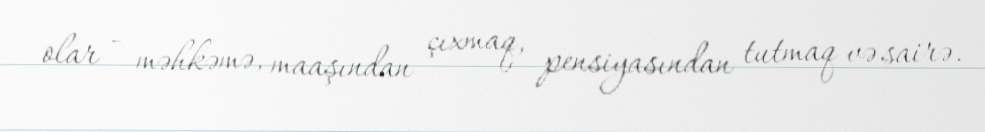
olar - məhkəmə, maaşından çıxmaq, pensiyasından tutmaq və sairə.